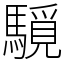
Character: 䮭